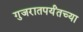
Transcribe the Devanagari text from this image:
गुजरातपर्यंतच्या